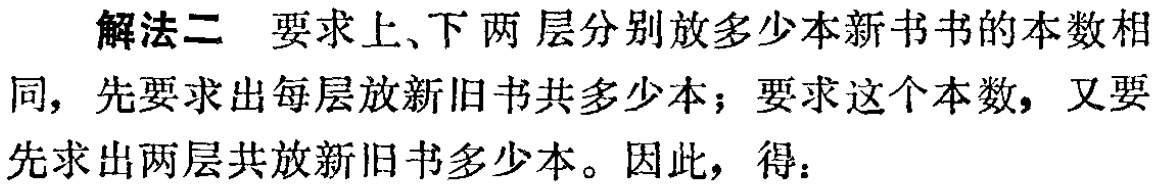
解法二 要求上、下两层分别放多少本新书书的本数相同，先要求出每层放新旧书共多少本；要求这个本数，又要先求出两层共放新旧书多少本。因此，得：